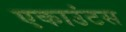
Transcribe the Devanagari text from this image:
एकाउंटस